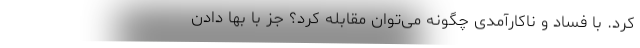
کرد. با فساد و ناکارآمدی چگونه می‌توان مقابله کرد؟ جز با بها دادن